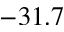
- 3 1 . 7